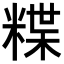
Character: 𥻈